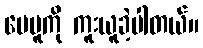
ပေမူကို ကူးယူခဲ့ပါတယ်။